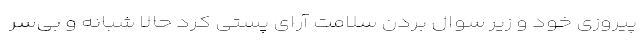
پیروزی خود و زیر سوال بردن سلامت آرای پستی کرد حالا شبانه و بی‌سر